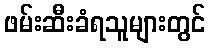
ဖမ်းဆီးခံရသူများတွင်